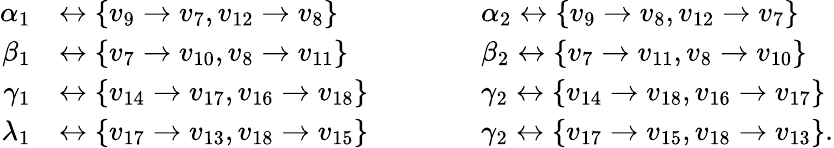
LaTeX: \begin{array}{rlrl}{\alpha_{1}}&{\leftrightarrow\{ v_{9}\to v_{7},v_{12}\to v_{8}\} \qquad}&&{\alpha_{2}\leftrightarrow\{ v_{9}\to v_{8},v_{12}\to v_{7}\} }\\ {\beta_{1}}&{\leftrightarrow\{ v_{7}\to v_{10},v_{8}\to v_{11}\} \qquad}&&{\beta_{2}\leftrightarrow\{ v_{7}\to v_{11},v_{8}\to v_{10}\} }\\ {\gamma_{1}}&{\leftrightarrow\{ v_{14}\to v_{17},v_{16}\to v_{18}\} \qquad}&&{\gamma_{2}\leftrightarrow\{ v_{14}\to v_{18},v_{16}\to v_{17}\} }\\ {\lambda_{1}}&{\leftrightarrow\{ v_{17}\to v_{13},v_{18}\to v_{15}\} \qquad}&&{\gamma_{2}\leftrightarrow\{ v_{17}\to v_{15},v_{18}\to v_{13}\} .}\end{array}